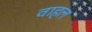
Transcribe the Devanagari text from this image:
वाहल